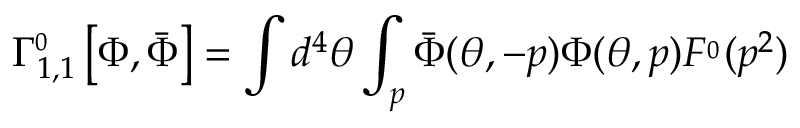
\Gamma _ { 1 , 1 } ^ { \L \L _ { 0 } } \left[ \Phi , \bar { \Phi } \right] = \int d ^ { 4 } \theta \int _ { p } \bar { \Phi } ( \theta , - p ) \Phi ( \theta , p ) F ^ { \L \L _ { 0 } } ( p ^ { 2 } )